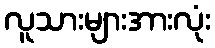
လူသားများအားလုံး